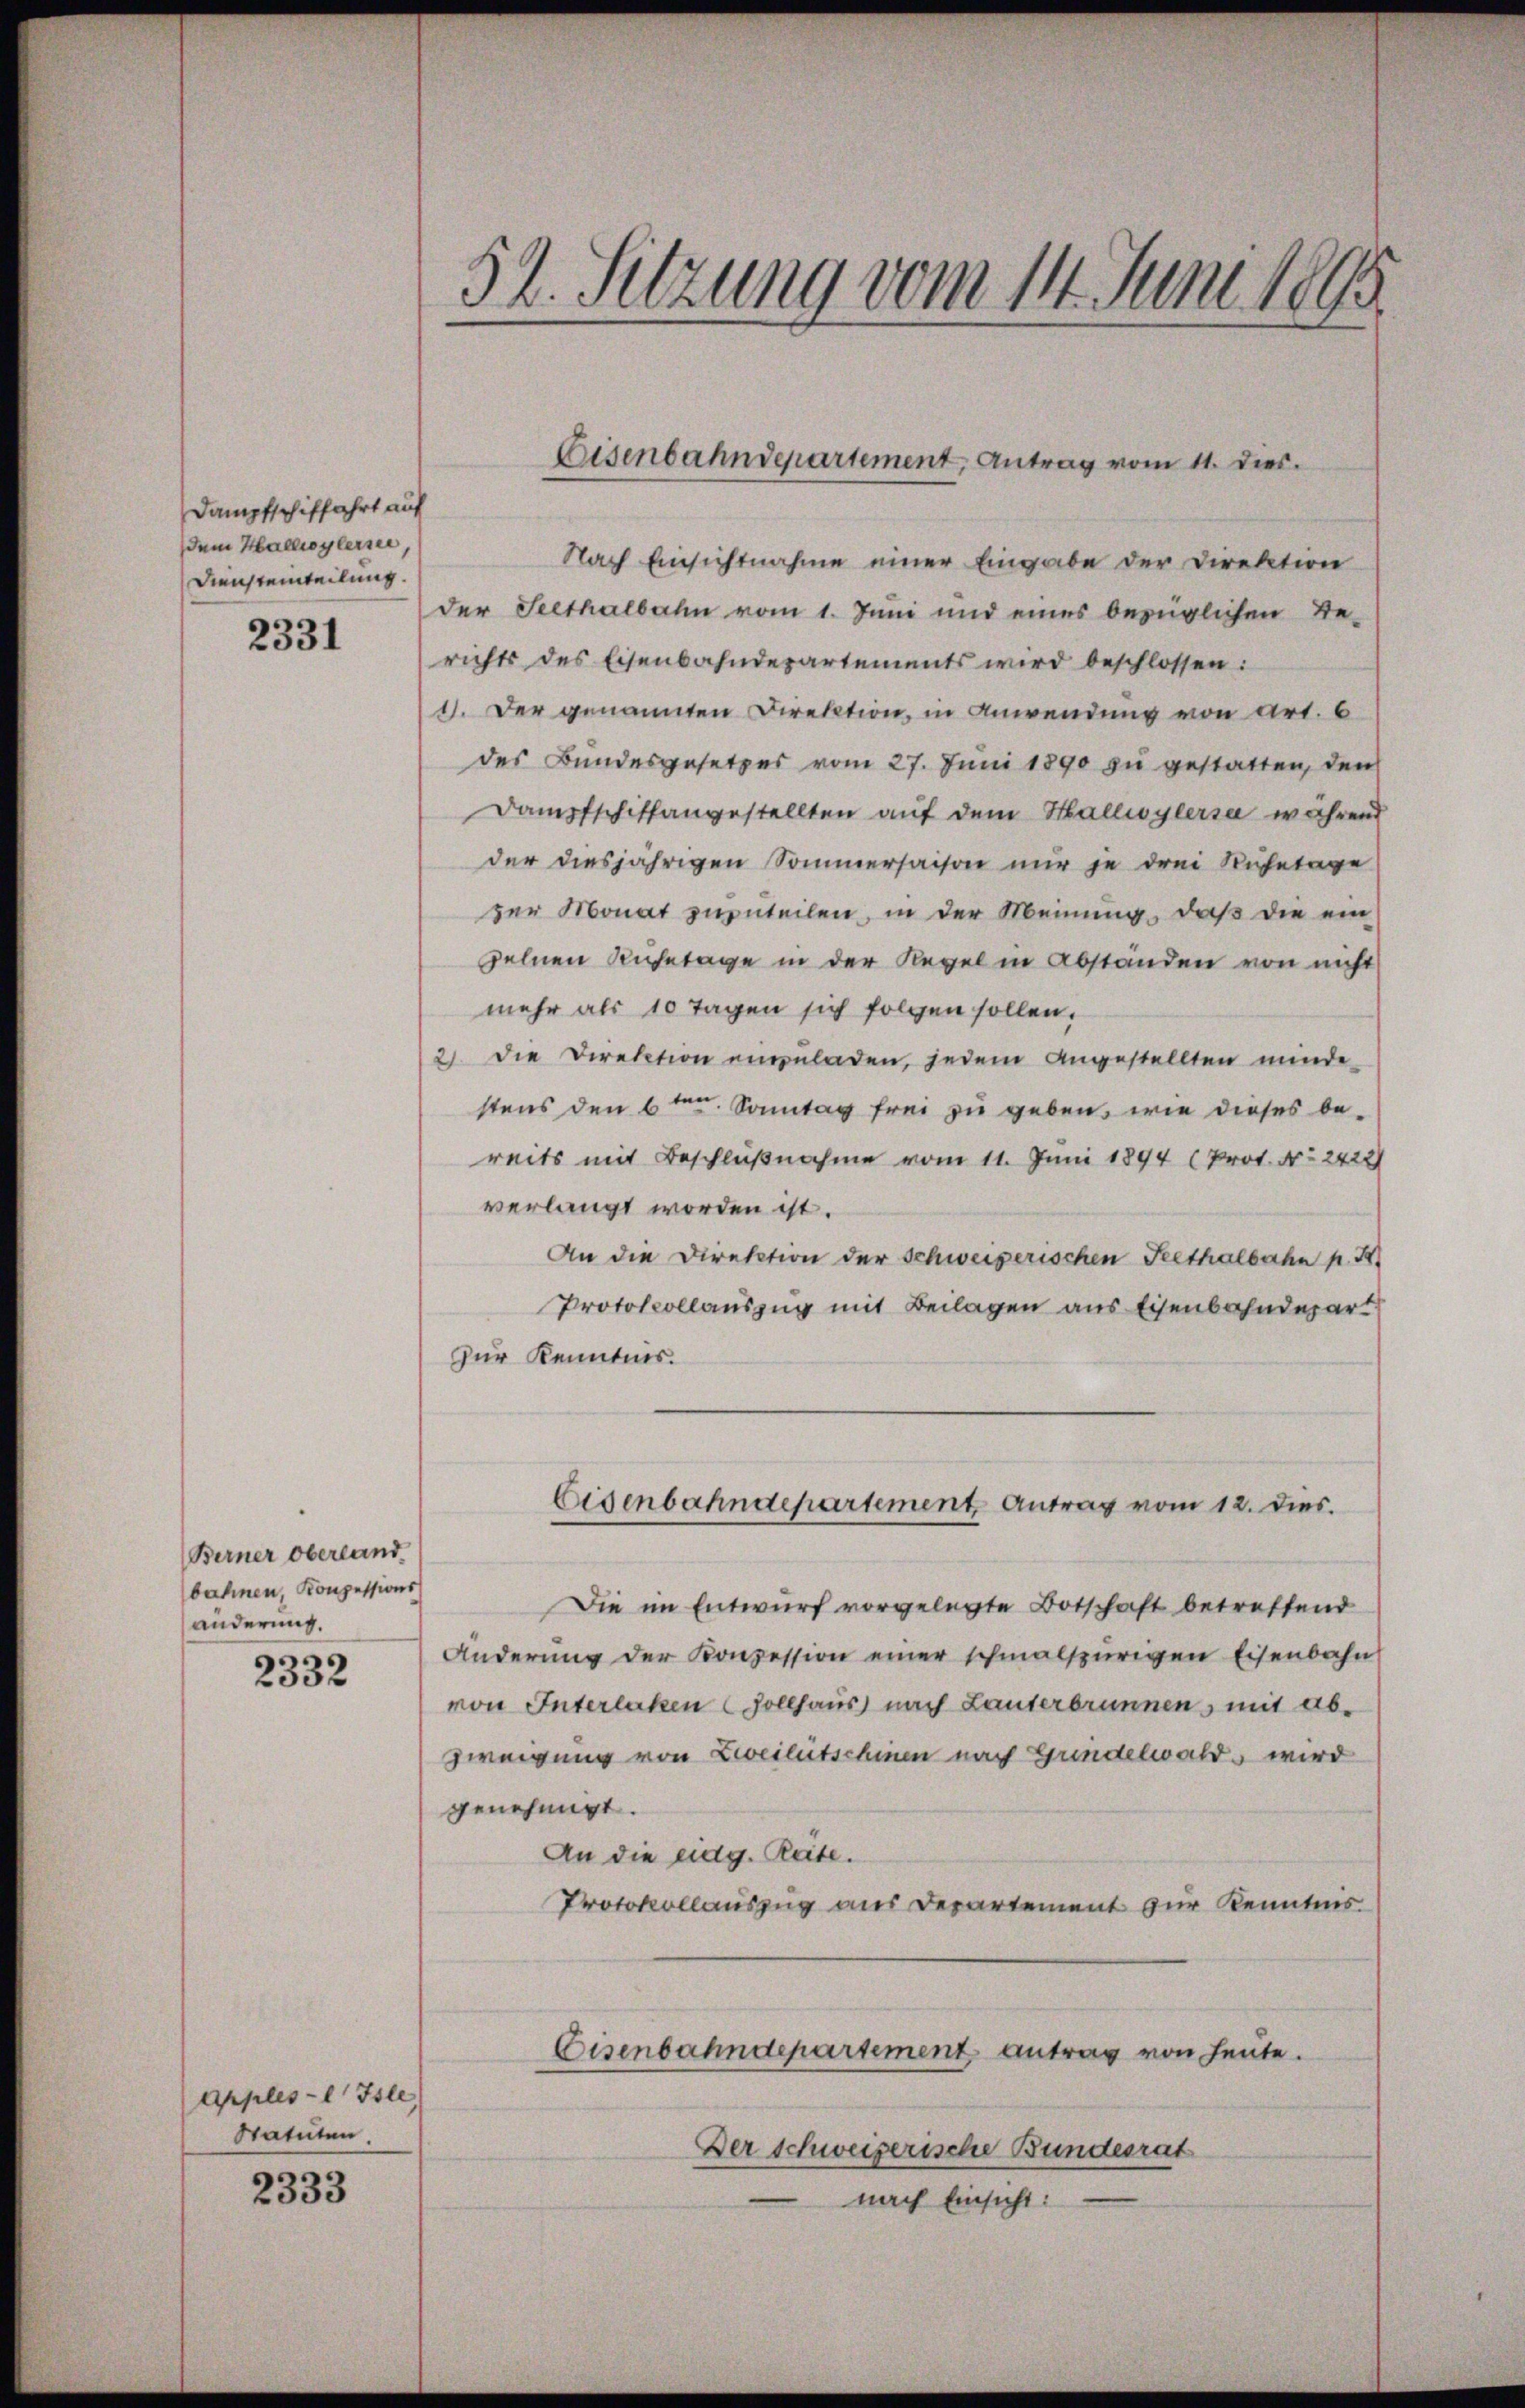
Dampfschiffahrt auf
dem Hallwylerie,
Diensteinteilung.

2331

Berner Oberland
bahnen, Konzessions
änderung.

2332

Apples-l Isle
Statuten

2333

52. Sitzung vom 11. Juni 1865

Nach Einsichtnahme einer Eingabe der Direktion
der Seethalbahn vom 1. Juni und eines bezüglichen Be-
richts des Eisenbahndepartements wird beschlossen:
11. Der genannten Direktion, in Anwendung von Art. 6
des Bundesgesetzes vom 27. Jŭni 1890 zŭ gestatten, den
Dampfschiffangestellten auf dem Hallwylersa während
der diesjährigen Sommersaison nur je drei Ruhetage
zer Monat zuzuteilen, in der Meinung, daß die ein
zelnen Ruhetage in der Regel in Abständen von nicht
mehr als 10 Tagen sich folgen sollen.
2) Die Direktion einzuladen, jedem angestellten minde
stens den 6ten Sonntag frei zu geben, wie dieses bereits mit Beschlußnahme vom 11. Juni 1894 (Prot. No 2422
verlangt worden ist.
An die Direktion der Schweizerischen Peethalbahn p. 3
Protokollauszug mit Beilagen aus Eisenbahndepart
Zur Kenntnis.
Eisenbahndepartement Antrag vom 12. dies.
Die im Entwurf vorgelegte Botschaft betreffend
Änderung der Konzession einer schmalspurigen Eisenbahn
von Interlaken (Zollhaus nach Lauterbrunnen, mit ab-
Zweigung von Zeiletschinen nach Gundelwald wird
genehmigt.
An die eidg. Räte.
Protokollauszug aus Departement zur Kenntnis
Eisenbahndepartement antrag von heute.
Der schweizerische Bundesrat
nach Einsicht:

Eisenbahndepartement, Antrag vom 11. dies.